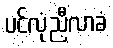
ပင်လုံညီလာခံ